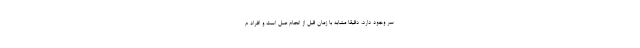
سر وجود دارد، دقیقاً مشابه با زمان قبل از انجام عمل است و افراد م